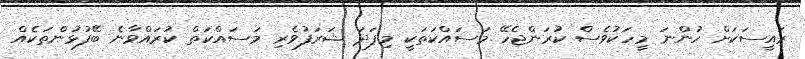
ރައީސަކަށް ހުންނަ މީހަކުވެސް ކުރަންޖެހޭ މަސައްކަތަކީ މިފަދަ ޝަރަފުވެރި މަސައްކަތް ކުރައްވާނެ ބޭފުޅުންތަކެއް